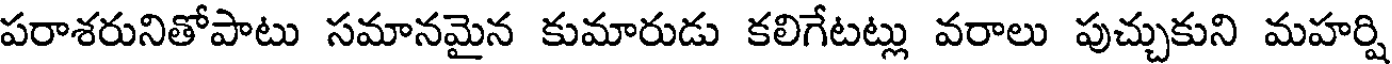
పరాశరునితోపాటు సమానమైన కుమారుడు కలిగేటట్లు వరాలు పుచ్చుకుని మహర్షి